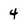
Character: 4